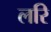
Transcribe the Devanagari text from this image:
लरि